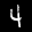
Label: 4